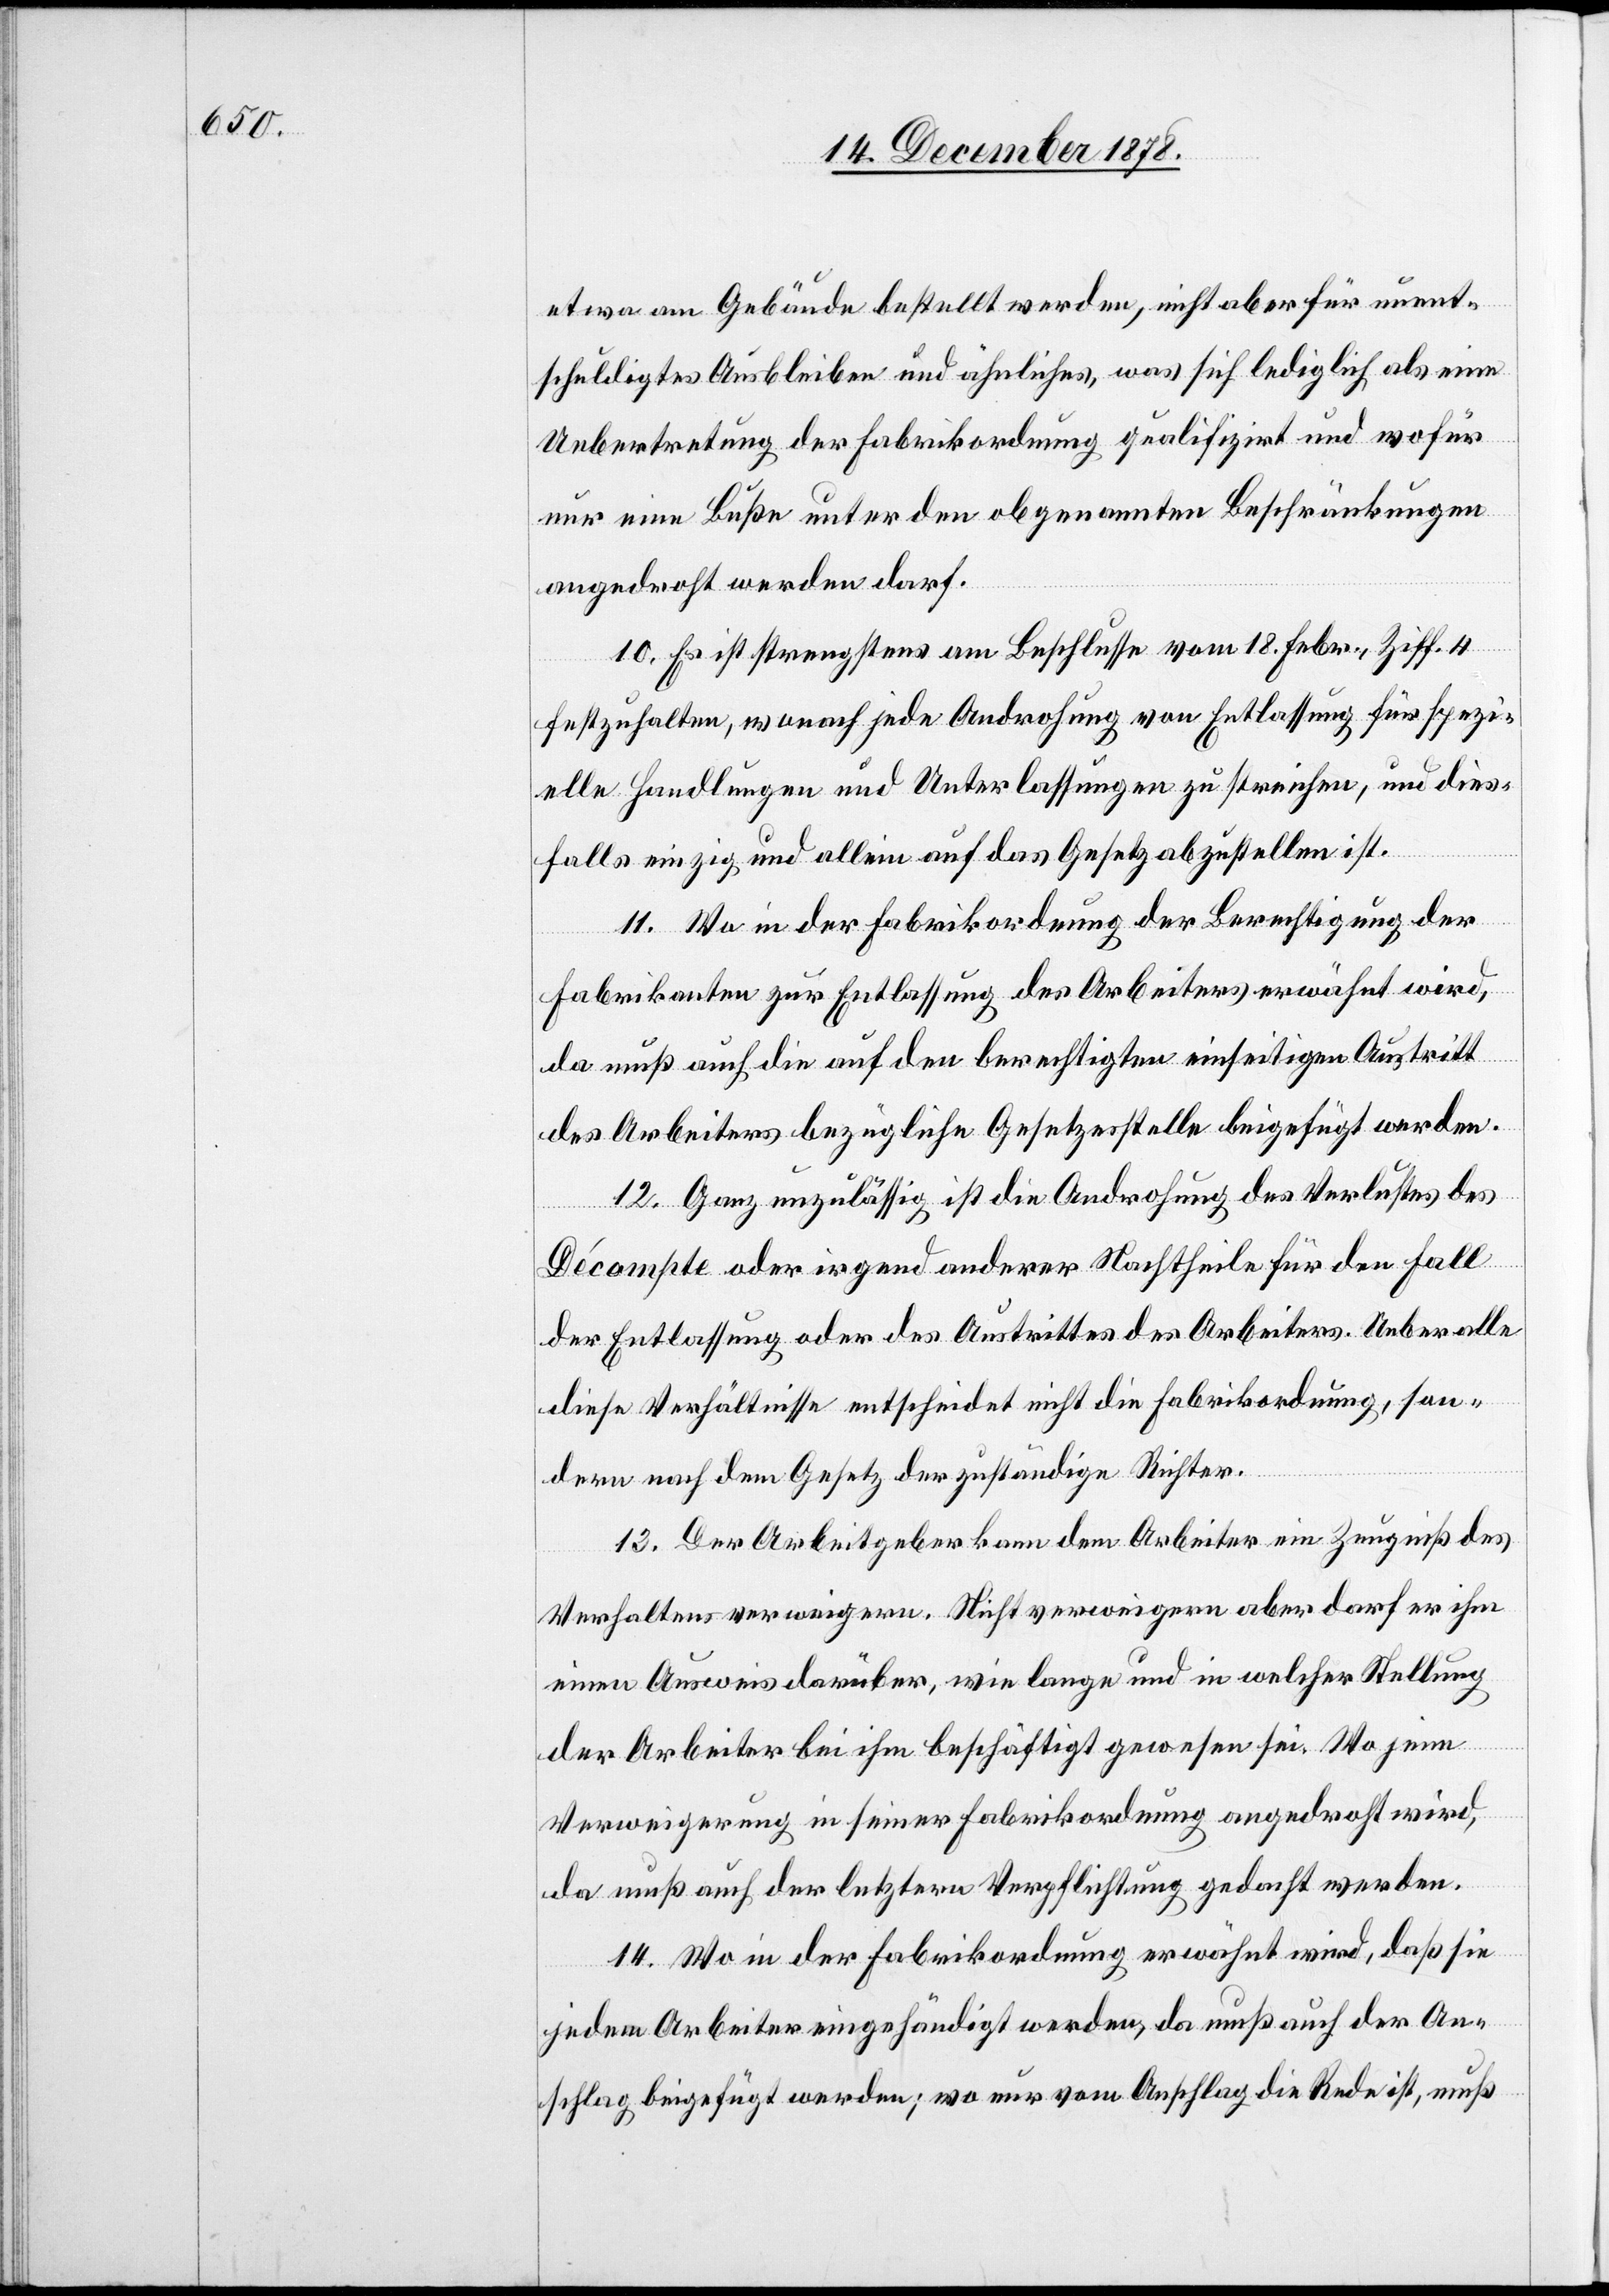
etwa am Gebäude bestellt werden, nicht aber für unent¬
schuldigtes Ausbleiben und ähnliches, was sich lediglich als eine
Uebertretung der Fabrikordnung qualifizirt und wofür
nur eine Buße unter den obgenannten Beschränkungen
angedroht werden darf.
10. Es ist strengstens am Beschlusse vom 18. Febr., Ziff. 4
festzuhalten, wonach jede Androhung von Entlassung für spezi¬
elle Handlungen und Unterlassungen zu streichen, und dies¬
falls einzig und allein auf das Gesetz abzustellen ist.
11. Wo in der Fabrikordnung der [sic!] Berechtigung der
Fabrikanten zur Entlassung des Arbeiters erwähnt wird,
da muß auch die auf den berechtigten einseitigen Austritt
des Arbeiters bezügliche Gesetzesstelle beigefügt werden.
12. Ganz unzulässig ist die Androhung des Verlustes des
Décompte oder irgend anderer Nachtheile für den Fall
der Entlassung oder des Austrittes des Arbeiters. Ueber alle
diese Verhältnisse entscheidet nicht die Fabrikordnung, son¬
dern nach dem Gesetz der zuständige Richter.
13. Der Arbeitgeber kann dem Arbeiter ein Zeugniß des
Verhaltens verweigern. Nicht verweigern aber darf er ihm
einen Ausweis darüber, wie lange und in welcher Stellung
der Arbeiter bei ihm beschäftigt gewesen sei. Wo jene
Verweigerung in seiner Fabrikordnung angedroht wird,
da muß auch der letztern Verpflichtung gedacht werden.
14. Wo in der Fabrikordnung erwähnt wird, daß sie
jedem Arbeiter eingehändigt werden, da muß auch der An¬
schlag beigefügt werden; wo nur vom Anschlag die Rede ist, muß